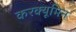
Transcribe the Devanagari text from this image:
करक्यूमिन